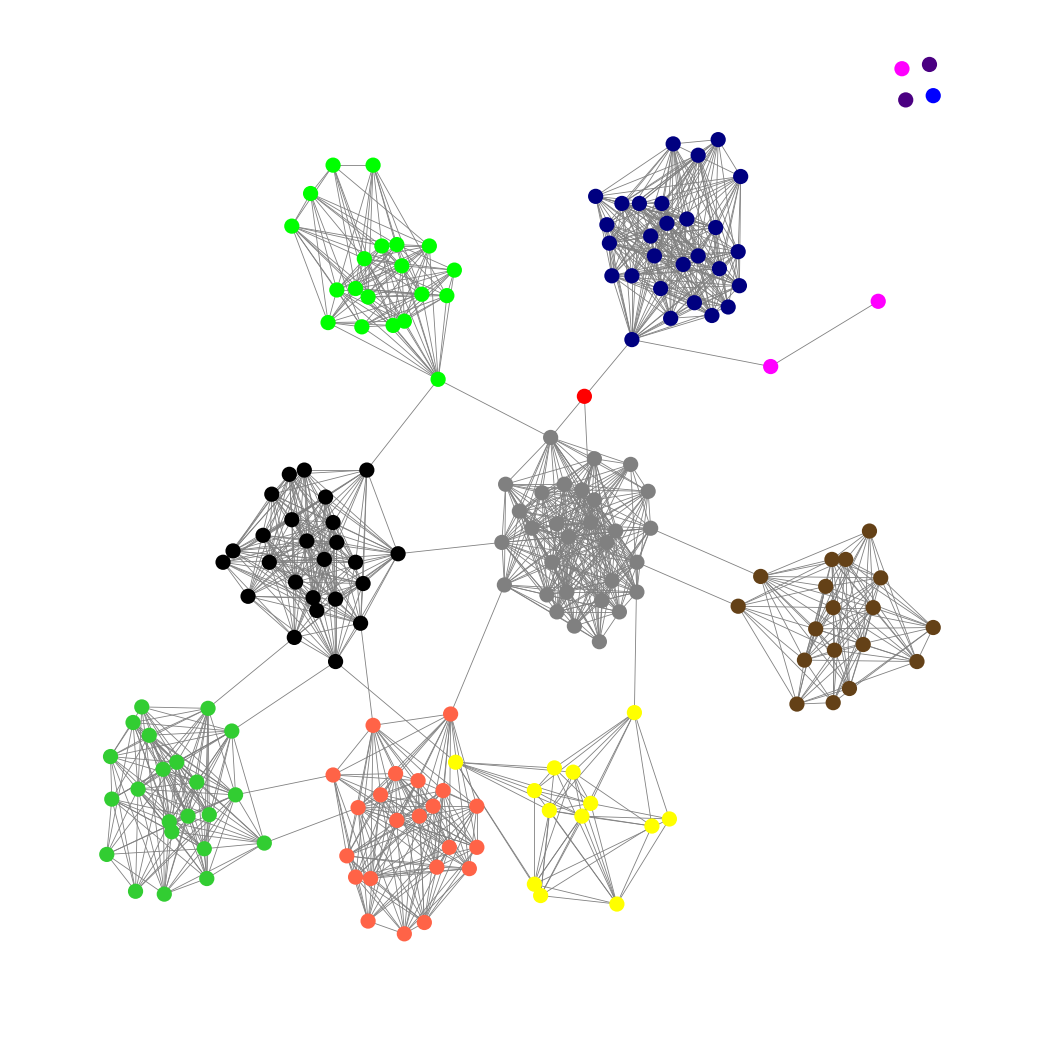
Graph connected: No
Number of connected components: 5
Number of singletons: 4
Total number of nodes: 185
Total number of edges: 1391
Number of communities: 12
Community sizes:
Black: 25
Blue: 1
Fuchsia: 3
Gray: 30
Indigo: 2
Lime: 20
Lime Green: 22
Navy: 28
Pullman Brown: 18
Red: 1
Tomato: 22
Yellow: 13
Graph layout: tda
Graph generation method: erdos_renyi